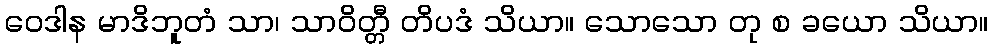
ဝေဒါန မာဒိဘူတံ သာ၊ သာဝိတ္တီ တိပဒံ သိယာ။ သောသော တု စ ခယော သိယာ။